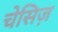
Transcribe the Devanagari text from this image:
चेसिज़